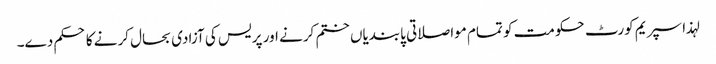
لہذا سپریم کورٹ حکومت کو تمام مواصلاتی پابندیاں ختم کرنے اور پریس کی آزادی بحال کرنے کا حکم دے۔